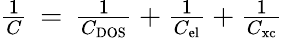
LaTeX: \begin{array}{r}{\frac{1}{C}\, =\, \frac{1}{C_{\mathrm{DOS}}}+\frac{1}{C_{\mathrm{el}}}+\frac{1}{C_{\mathrm{xc}}}}\end{array}